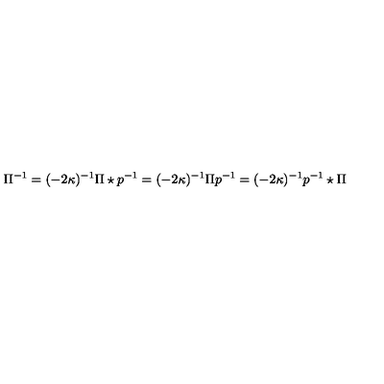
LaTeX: \Pi ^ { - 1 } = ( - 2 \kappa ) ^ { - 1 } \Pi \star p ^ { - 1 } = ( - 2 \kappa ) ^ { - 1 } \Pi p ^ { - 1 } = ( - 2 \kappa ) ^ { - 1 } p ^ { - 1 } \star \Pi